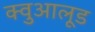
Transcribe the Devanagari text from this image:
क्वुआलूड